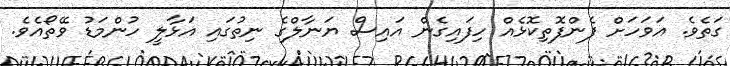
ގަތެވެ. އަވަހަށް ފެންފޮތިކޮޅެއް ހިފައިގެން އައިސް ޔަނާލްގެ ނިތުގައި އަޅާލީ ހުންމަޑު ވޭތޯއެވެ.